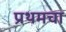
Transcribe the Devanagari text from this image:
प्रथमचा